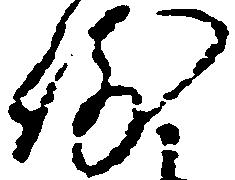
例